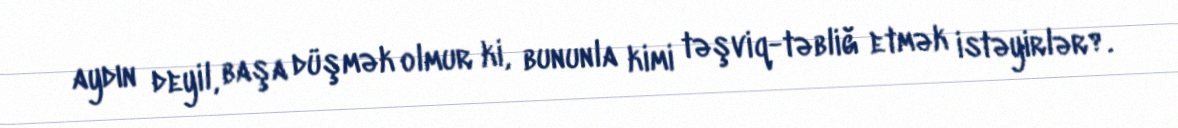
aydın deyil, başa düşmək olmur ki, bununla kimi təşviq-təbliğ etmək istəyirlər?.